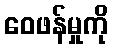
ဝေဖန်မှုကို